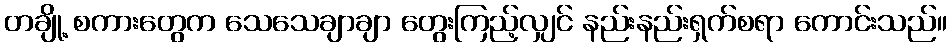
တချို့ စကားတွေက သေသေချာချာ တွေးကြည့်လျှင် နည်းနည်းရှက်စရာ ကောင်းသည်။